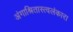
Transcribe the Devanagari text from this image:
अंगाश्रितास्त्वलंकारा